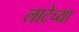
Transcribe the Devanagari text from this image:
लाटेच्या